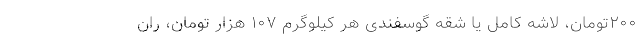
۲۰۰تومان، لاشه کامل یا شقه گوسفندی هر کیلوگرم ۱۰۷ هزار تومان، ران